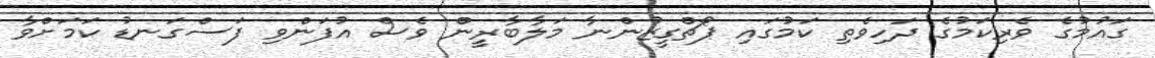
ގައުމުގެ ވެރިކަމުގެ ދަހިވެތި ކަމުގައި ޕޯޗްގީޒުންނާ މަލާބާރީން ވެސް އުފަންވި ފަސްގަނޑު ކަމަށްވާ